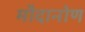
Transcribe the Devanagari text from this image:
मौदानोण